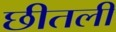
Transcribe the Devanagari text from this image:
छीतली